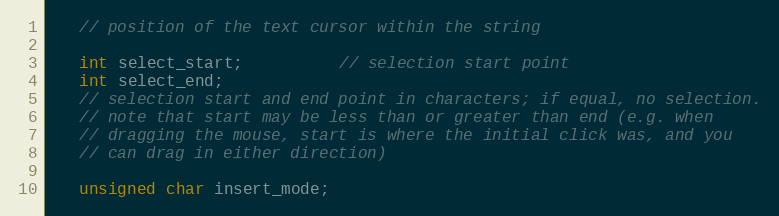
Language: C
   // position of the text cursor within the string

   int select_start;          // selection start point
   int select_end;
   // selection start and end point in characters; if equal, no selection.
   // note that start may be less than or greater than end (e.g. when
   // dragging the mouse, start is where the initial click was, and you
   // can drag in either direction)

   unsigned char insert_mode;